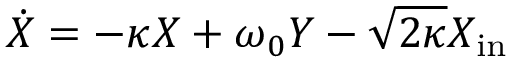
\dot { X } = - \kappa X + \omega _ { 0 } Y - \sqrt { 2 \kappa } X _ { \mathrm { i n } }